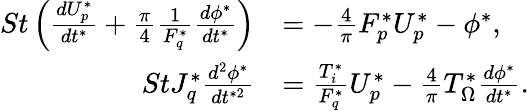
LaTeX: \begin{array}{rl}{St\left(\frac{dU_{p}^{*}}{dt^{*}}+\frac{\pi}{4}\frac{1}{F_{q}^{*}}\frac{d\phi^{*}}{dt^{*}}\right)}&{=-\frac{4}{\pi}F_{p}^{*}U_{p}^{*}-\phi^{*},}\\ {StJ_{q}^{*}\frac{d^{2}\phi^{*}}{dt^{*2}}}&{=\frac{T_{i}^{*}}{F_{q}^{*}}U_{p}^{*}-\frac{4}{\pi}T_{\Omega}^{*}\frac{d\phi^{*}}{dt^{*}}.}\end{array}